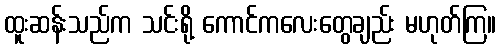
ထူးဆန်းသည်က သင်းရို့ ကောင်ကလေးတွေချည်း မဟုတ်ကြ။